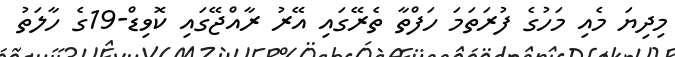
މިދިޔަ މެއި މަހުގެ ފުރަތަމަ ހަފްތާ ތެރޭގައި އޭރު ރާއްޖޭގައި ކޮވިޑް-19ގެ ހާލަތު